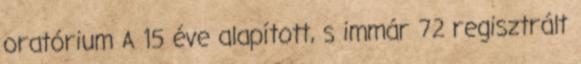
oratórium A 15 éve alapított, s immár 72 regisztrált